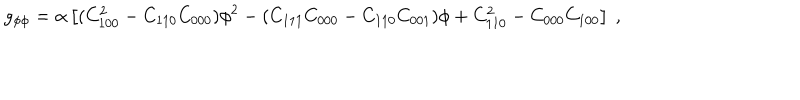
g _ { \phi \phi } = \alpha \left[ ( C _ { 1 0 0 } ^ { 2 } - C _ { 1 1 0 } C _ { 0 0 0 } ) \phi ^ { 2 } - ( C _ { 1 1 1 } C _ { 0 0 0 } - C _ { 1 1 0 } C _ { 0 0 1 } ) \phi + C _ { 1 1 0 } ^ { 2 } - C _ { 0 0 0 } C _ { 1 0 0 } \right] \ ,